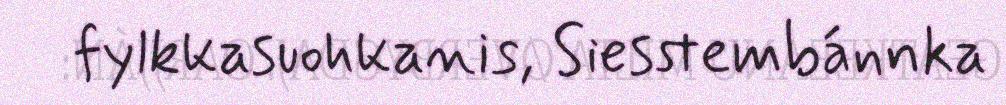
fylkkasuohkanis, Siesstembánnka